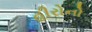
હીરોનો